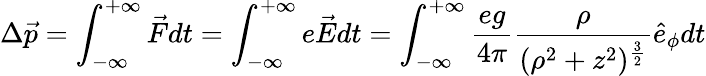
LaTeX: \Delta\vec{p}=\int_{-\infty}^{+\infty}\vec{F}dt=\int_{-\infty}^{+\infty}e\vec{E}dt=\int_{-\infty}^{+\infty}\frac{eg}{4\pi}\frac{\rho}{(\rho^{2}+z^{2})^{\frac{3}{2}}}\hat{e}_{\phi}dt